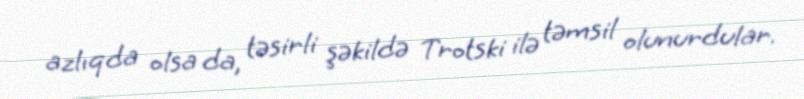
azlıqda olsa da, təsirli şəkildə Trotski ilə təmsil olunurdular.